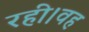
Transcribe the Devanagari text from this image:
रही।वह